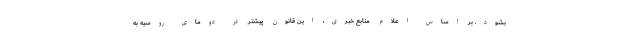
بشود. بر اساس اعلام منابع خبری، این قانون پیشتر در دومای روسیه به